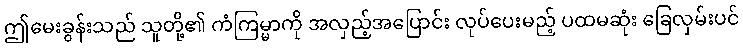
ဤမေးခွန်းသည် သူတို့၏ ကံကြမ္မာကို အလှည့်အပြောင်း လုပ်ပေးမည့် ပထမဆုံး ခြေလှမ်းပင်